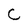
Character: C